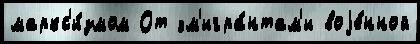
маркс'и́змом От эм'игра́нтам'и воjе́нной